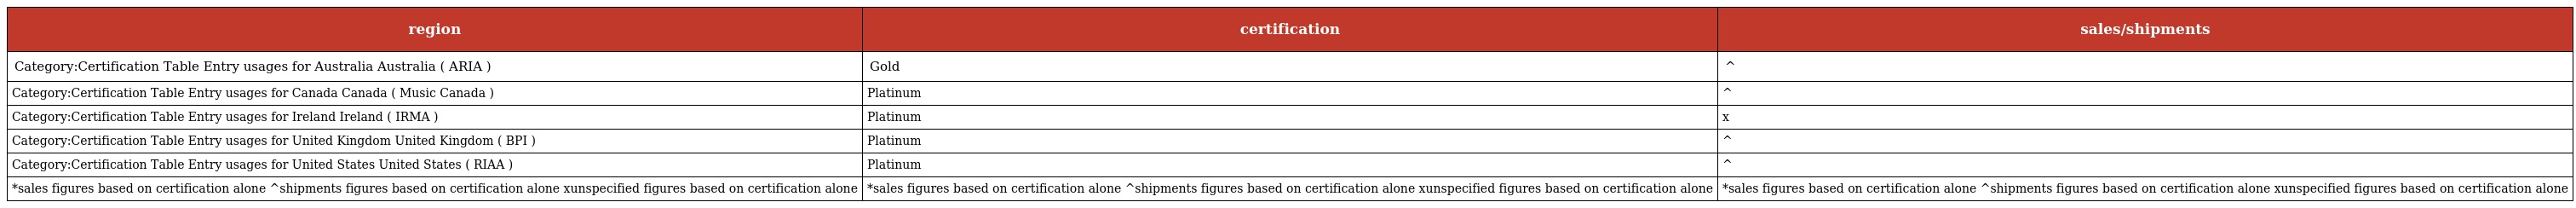
| region | certification | sales/shipments |
 | --- | --- | --- |
 | Category:Certification Table Entry usages for Australia Australia ( ARIA ) | Gold | ^ |
 | Category:Certification Table Entry usages for Canada Canada ( Music Canada ) | Platinum | ^ |
 | Category:Certification Table Entry usages for Ireland Ireland ( IRMA ) | Platinum | x |
 | Category:Certification Table Entry usages for United Kingdom United Kingdom ( BPI ) | Platinum | ^ |
 | Category:Certification Table Entry usages for United States United States ( RIAA ) | Platinum | ^ |
 | *sales figures based on certification alone ^shipments figures based on certification alone xunspecified figures based on certification alone | *sales figures based on certification alone ^shipments figures based on certification alone xunspecified figures based on certification alone | *sales figures based on certification alone ^shipments figures based on certification alone xunspecified figures based on certification alone |